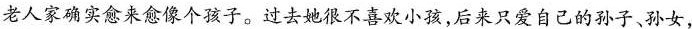
老人家确实愈来愈像个孩子。过去她很不喜欢小孩，后来只爱自己的孙子、孙女，